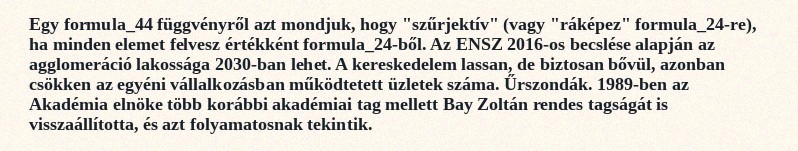
Egy formula_44 függvényről azt mondjuk, hogy "szűrjektív" (vagy "ráképez" formula_24-re), ha minden elemet felvesz értékként formula_24-ből. Az ENSZ 2016-os becslése alapján az agglomeráció lakossága 2030-ban lehet. A kereskedelem lassan, de biztosan bővül, azonban csökken az egyéni vállalkozásban működtetett üzletek száma. Űrszondák. 1989-ben az Akadémia elnöke több korábbi akadémiai tag mellett Bay Zoltán rendes tagságát is visszaállította, és azt folyamatosnak tekintik.